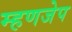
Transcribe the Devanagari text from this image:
म्हणजेप